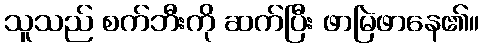
သူသည် စက်ဘီးကို ဆက်ပြီး ဖာမြဲဖာနေ၏။